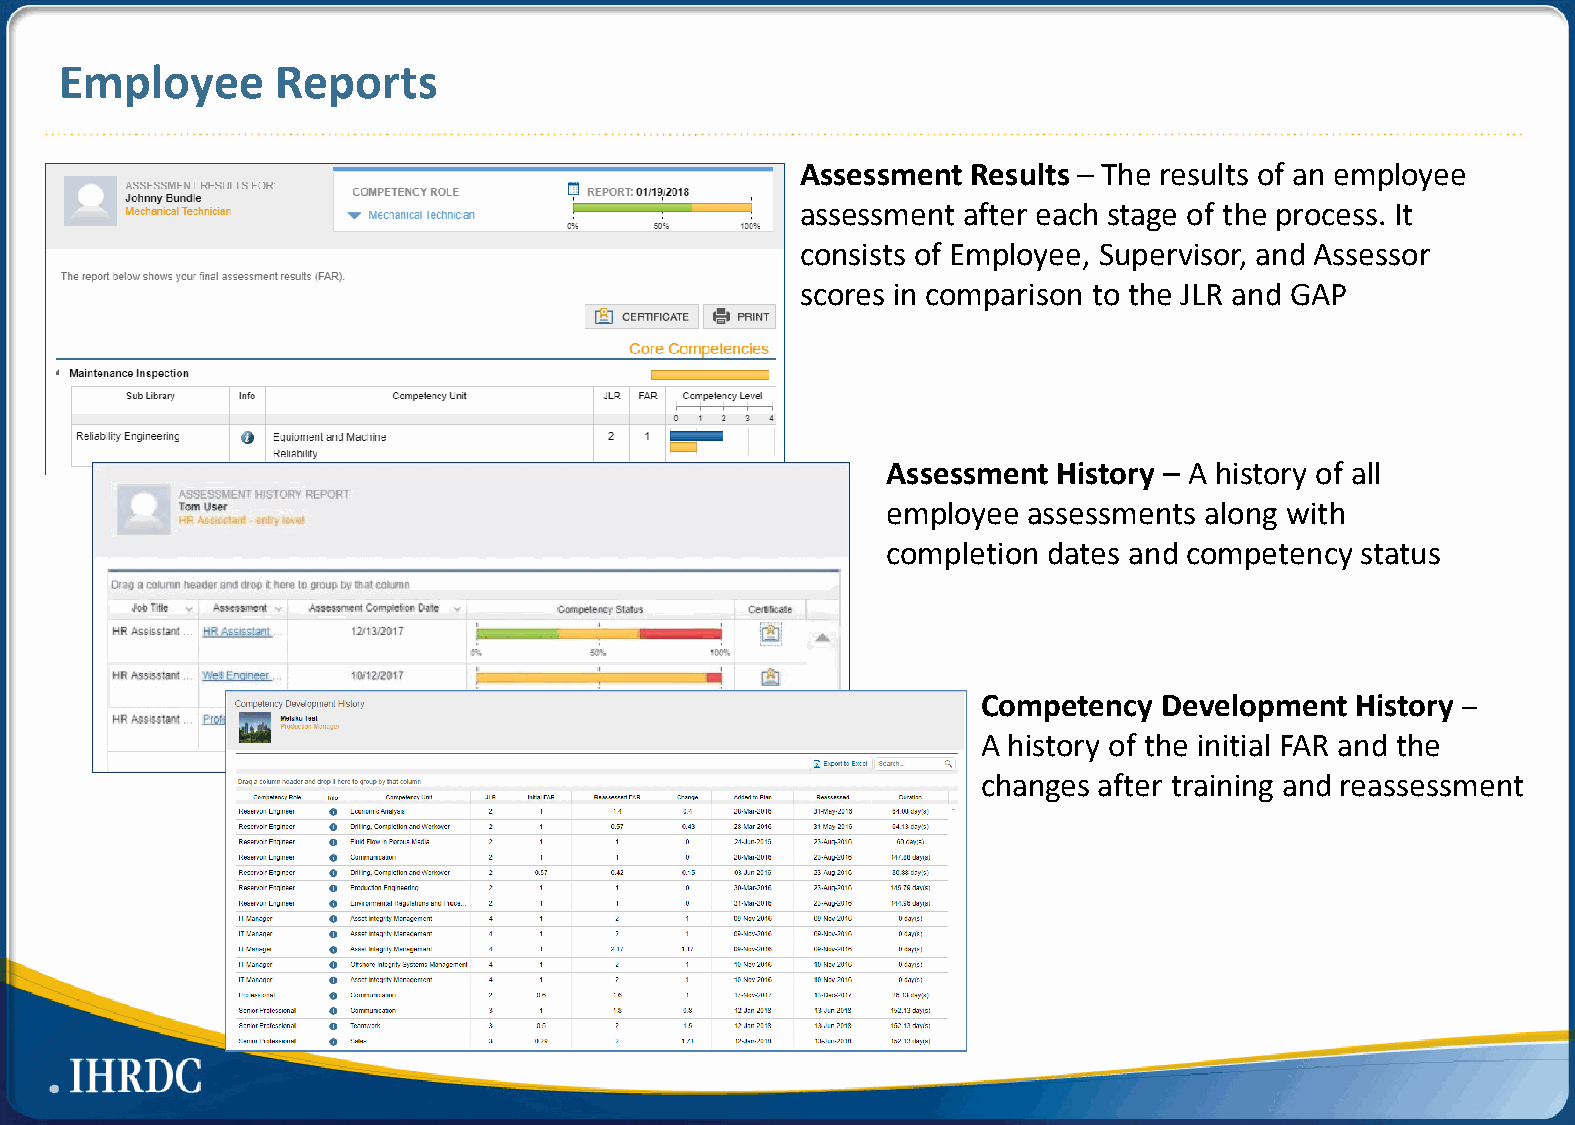
Employee      Reports
 Assessment Results – The results of an employee
 assessment after each stage of the process. It
 consists of Employee, Supervisor, and Assessor
 scores in comparison to the JLR and GAP
 Assessment History – A history of all
 employee assessments along with
 completion dates and competency status
 Competency  Development  History –
 A history of the initial FAR and the
 changes after training and reassessment